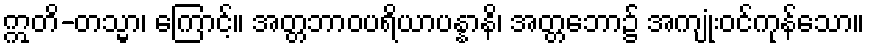
ဣတိ-တသ္မာ၊ ကြောင့်။ အတ္တဘာဝပရိယာပန္နာနိ၊ အတ္တဘော၌ အကျုံးဝင်ကုန်သော။